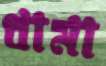
ধামা